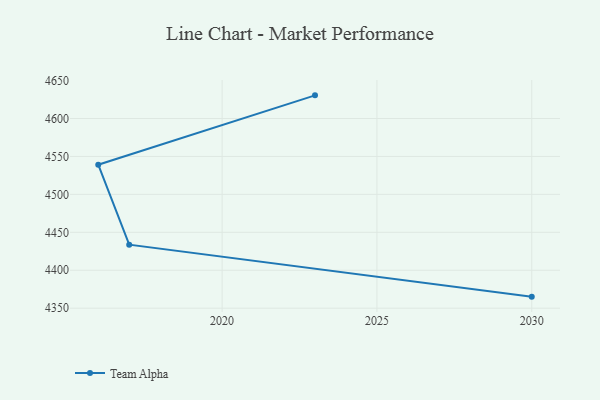
{"axis": {"x": "Year", "y": "Website Visitors"}, "legend": ["Team Alpha"], "data": [{"x": "2030", "y": 4365.2, "type": "Team Alpha"}, {"x": "2017", "y": 4433.7, "type": "Team Alpha"}, {"x": "2016", "y": 4539.1, "type": "Team Alpha"}, {"x": "2023", "y": 4630.5, "type": "Team Alpha"}]}